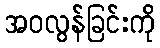
အဝလွန်ခြင်းကို